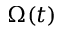
\Omega ( t )